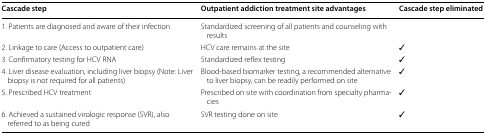
<table><thead><tr><td><b>Cascade step</b></td><td><b>Outpatient addiction treatment site advantages</b></td><td><b>Cascade step eliminated</b></td></tr></thead><tbody><tr><td>1. Patients are diagnosed and aware of their infection</td><td>Standardized screening of all patients and counseling with results</td><td></td></tr><tr><td>2. Linkage to care (Access to outpatient care)</td><td>HCV care remains at the site</td><td>✓</td></tr><tr><td>3. Confirmatory testing for HCV RNA</td><td>Standardized reflex testing</td><td>✓</td></tr><tr><td>4. Liver disease evaluation, including liver biopsy (Note: Liver biopsy is not required for all patients)</td><td>Blood-based biomarker testing, a recommended alternative to liver biopsy, can be readily performed on site</td><td>✓</td></tr><tr><td>5. Prescribed HCV treatment</td><td>Prescribed on site with coordination from specialty pharmacies</td><td>✓</td></tr><tr><td>6. Achieved a sustained virologic response (SVR), also referred to as being cured</td><td>SVR testing done on site</td><td>✓</td></tr></tbody></table>